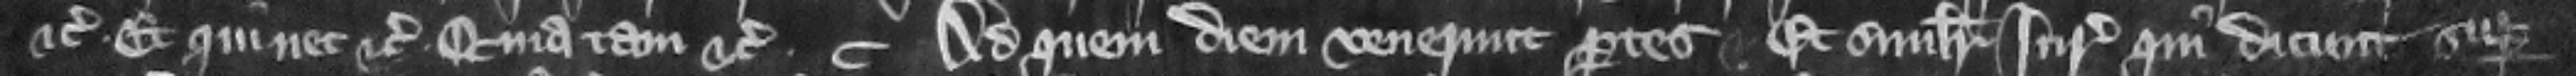
etc. et qui nec etc. quia tam etc. Et Ad quem diem venerunt partes et similiter iuratores qui dicunt super